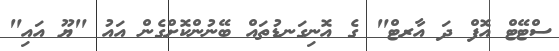
ސްޓޭޓް އޮފް ދަ އާރޓް" ގެ އޮނިގަނޑުތައް ބޭނުންކޮށްގެން އައު "ޔޫ އައި"